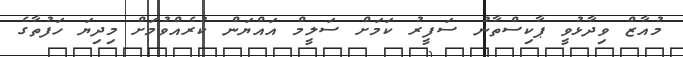
މުއާޒް ވިދާޅުވީ ޕާކިސްތާނު ސަފީރު ކަމަށް ސަލީމް އައްޔަން ކުރެއްވުމަށް މިދިޔަ ހަފުތާގެ